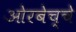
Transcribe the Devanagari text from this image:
ओरबेच्चे